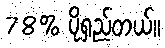
78% ပိုရှည်တယ်။